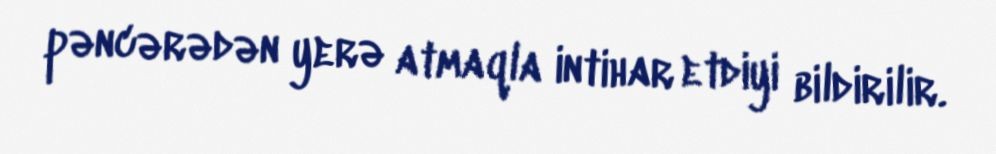
pəncərədən yerə atmaqla intihar etdiyi bildirilir.